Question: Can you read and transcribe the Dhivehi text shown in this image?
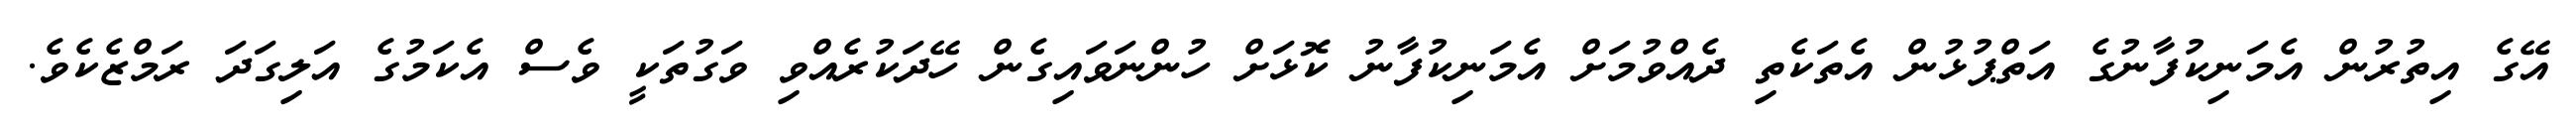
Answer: އޭގެ އިތުރުން އެމަނިކުފާނުގެ އަތްޕުޅުން އެތަކެތި ދެއްވުމަށް އެމަނިކުފާނު ކޮޅަށް ހުންނަވައިގެން ހޭދަކުރެއްވި ވަގުތަކީ ވެސް އެކަމުގެ އަލިގަދަ ރަމްޒެކެވެ.